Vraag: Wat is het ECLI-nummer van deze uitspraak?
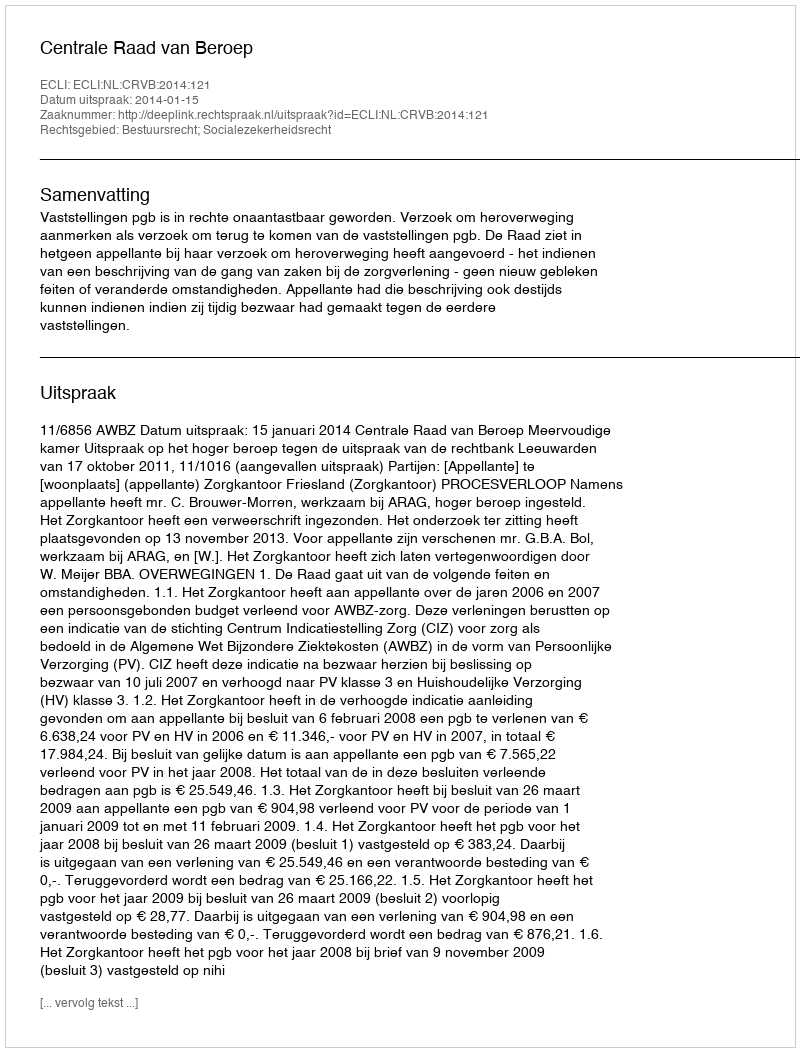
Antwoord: ECLI:NL:CRVB:2014:121